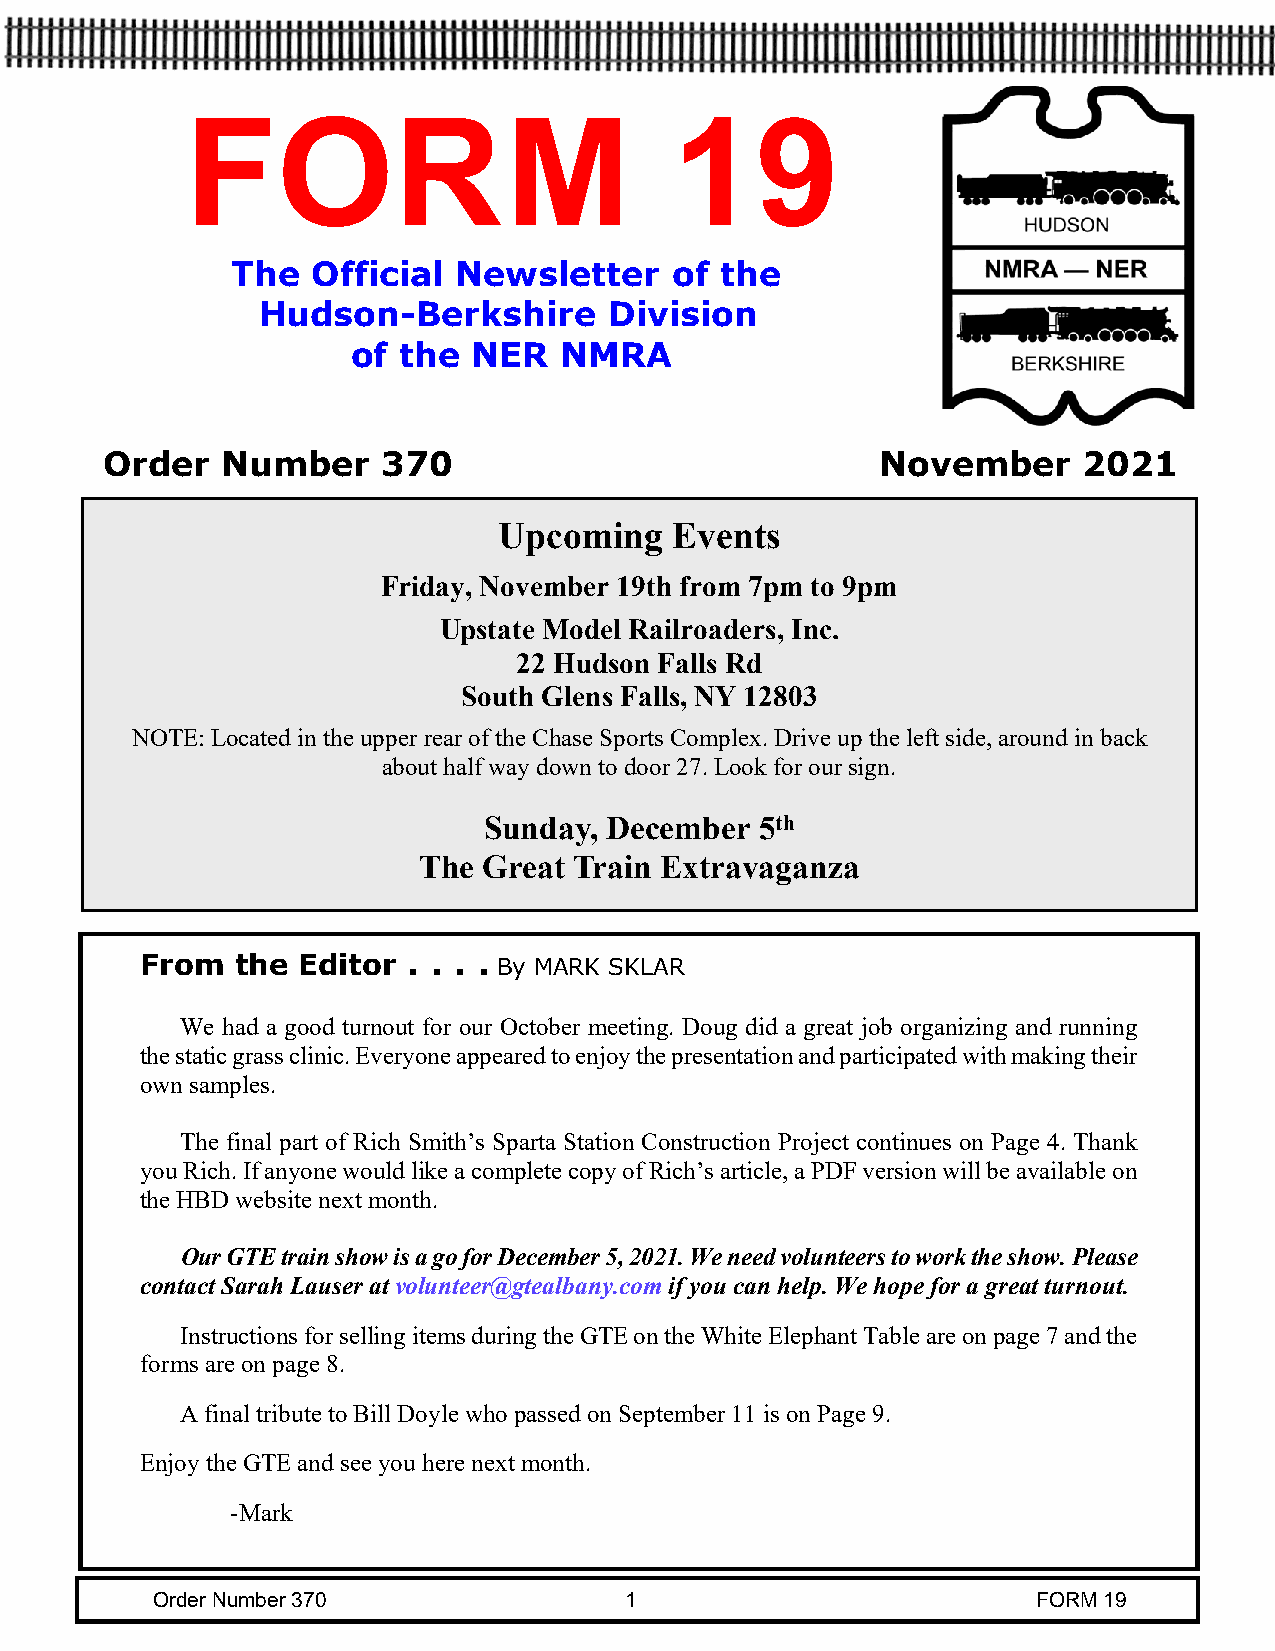
FORM                            19
 The   Official Newsletter    of  the
 Hudson-Berkshire       Division
 of the  NER   NMRA
 Order   Number    370                              November      2021
 Upcoming    Events
 Friday, November 19th from 7pm to 9pm
 Upstate Model Railroaders, Inc.
 22 Hudson Falls Rd
 South Glens Falls, NY 12803
 NOTE: Located in the upper rear of the Chase Sports Complex. Drive up the left side, around in back
 about half way down to door 27. Look for our sign.
 Sunday, December  5th
 The Great Train Extravaganza
 From   the Editor . . . . By MARK SKLAR
 We had a good turnout for our October meeting. Doug did a great job organizing and running
 the static grass clinic. Everyone appeared to enjoy the presentation and participated with making their
 own samples.
 The final part of Rich Smith’s Sparta Station Construction Project continues on Page 4. Thank
 you Rich. If anyone would like a complete copy of Rich’s article, a PDF version will be available on
 the HBD website next month.
 Our GTE train show is a go for December 5, 2021. We need volunteers to work the show. Please
 contact Sarah Lauser at volunteer@gtealbany.com if you can help. We hope for a great turnout.
 Instructions for selling items during the GTE on the White Elephant Table are on page 7 and the
 forms are on page 8.
 A final tribute to Bill Doyle who passed on September 11 is on Page 9.
 Enjoy the GTE and see you here next month.
 -Mark
 Order Number 370               1                           FORM 19